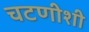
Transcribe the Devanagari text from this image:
चटणीशी